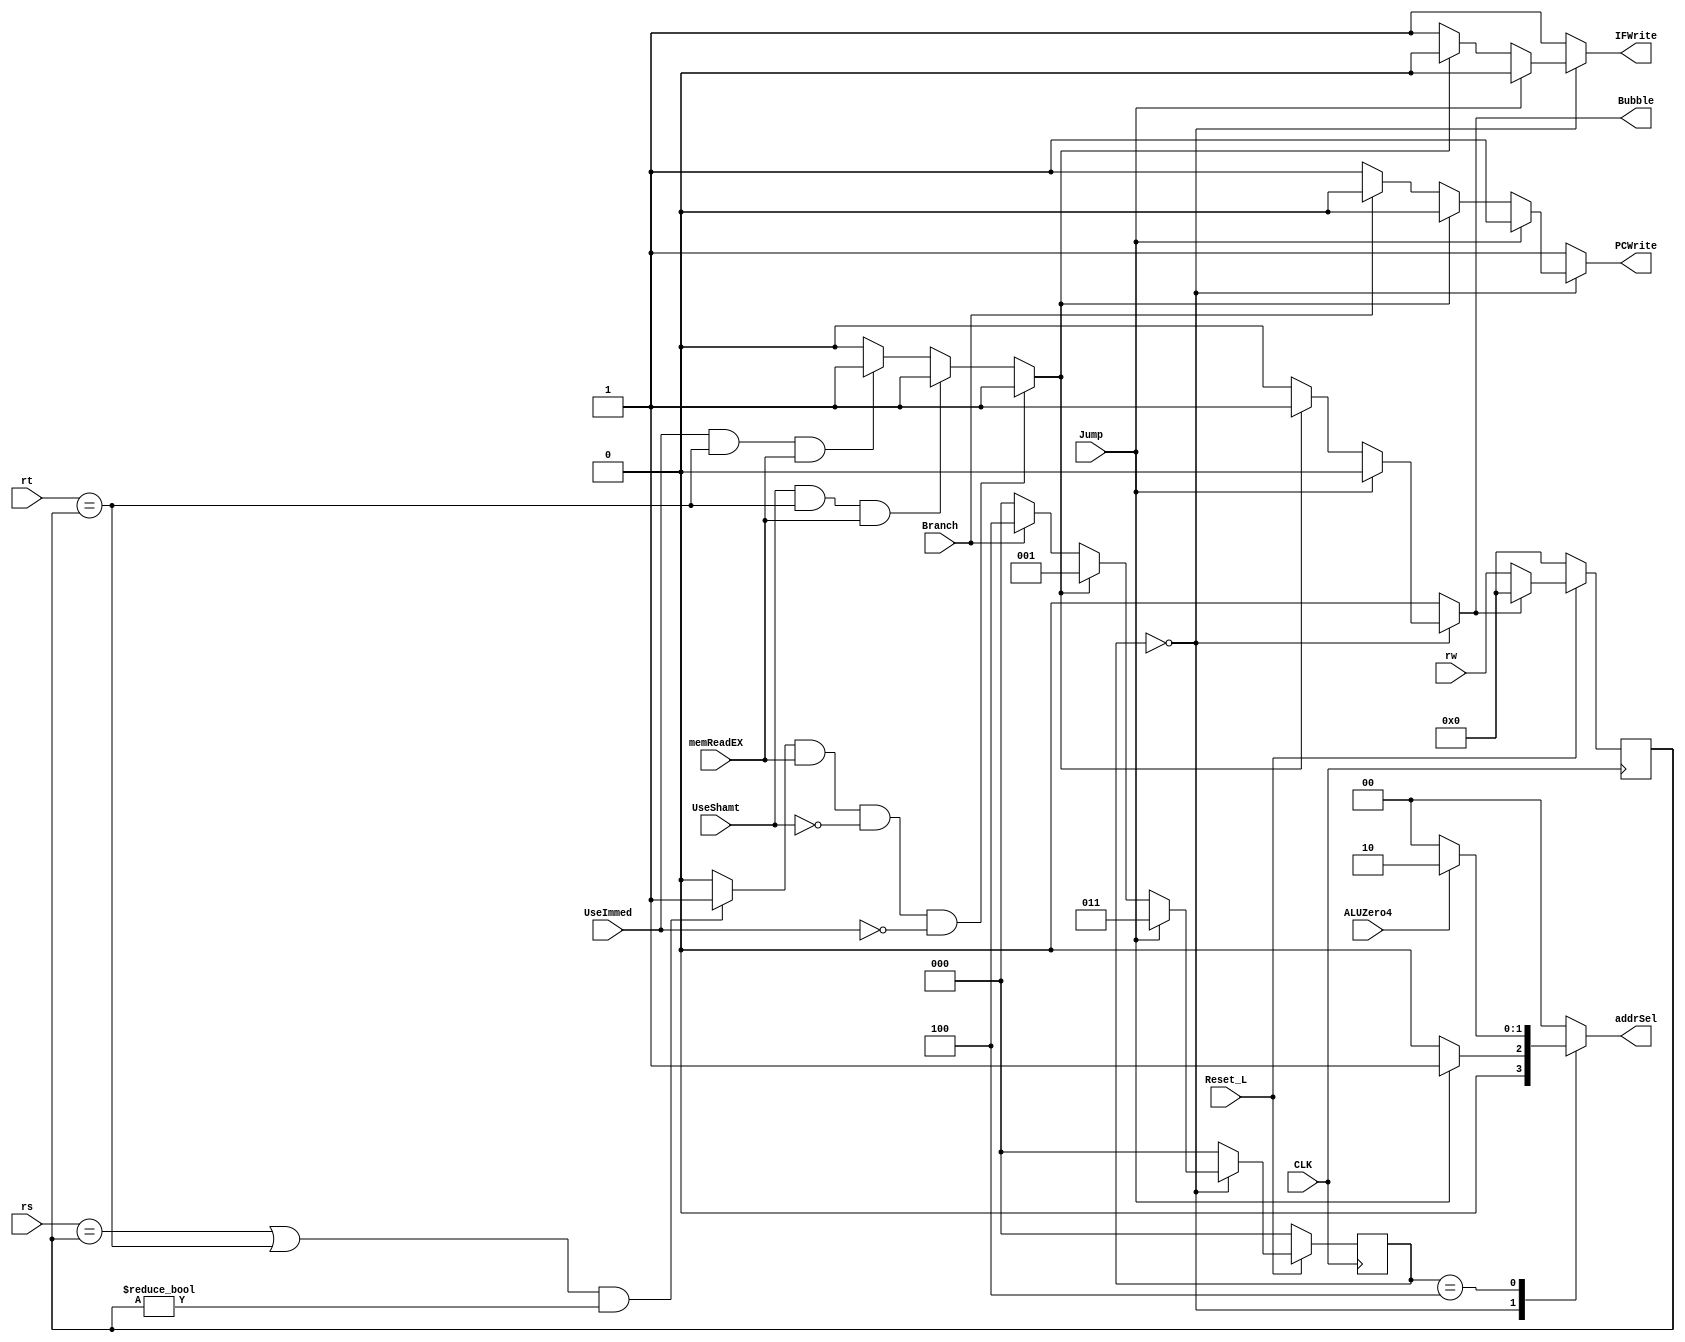
module Hazard(PCWrite, IFWrite, Bubble, addrSel, Branch, ALUZero4, Jump, memReadEX, UseShamt, UseImmed, rw, rs, rt, Reset_L, CLK);
	input			Branch;
	input			ALUZero4;
	input			Jump;
	input           memReadEX;
	input           UseShamt, UseImmed;
	input	[4:0]	rw;
	input	[4:0]	rs;
	input	[4:0]	rt;
	input			Reset_L;
	input			CLK;
	output reg		PCWrite;
	output reg		IFWrite;
	output reg		Bubble;
    output reg [1:0]addrSel;
    
	/*state definition for FSM*/
    parameter NoHazard_state= 3'b000,
              Bubble0_state = 3'b001,
              Bubble1_state = 3'b010,
              Jump_state    = 3'b011,
              Branch0_state = 3'b100,
              Branch1_state = 3'b101;
				/*Define a name for each of the states so it is easier to debug and follow*/ 
				 
	
	/*internal signals*/
	wire cmp1;
	
	/*internal state*/
	reg [2:0] FSM_state, FSM_nxt_state;
	reg [4:0] rw1; //rw history registers
	reg LdHazard;
	/*create compare logic*/
	assign  cmp1 = (((rs==rw1)||(rt==rw1))&&(rw1!= 0)) ? 1:0;
	/* cmp1 finds the dependancy btween current instruction and theonebefore make cmpx if needed
    
	/*keep track of rw*/
	//LdHazard logic
	always @(*) begin
	   if ((cmp1==1'b1) && (memReadEX==1'b1) && (UseShamt==1'b0) && (UseImmed==1'b0))
	       LdHazard<=1'b1;
       else if ((UseShamt==1'b1) && (rt==rw1) && (memReadEX==1'b1))
           LdHazard<=1'b1;
       else if ((UseImmed==1'b1) && (rt==rw1) && (memReadEX==1'b1))
           LdHazard<=1'b1;
       else
           LdHazard<=1'b0; 
	end
	
	always @(negedge CLK) begin
		if(Reset_L ==  0) begin
			rw1 <=  0;
			//LdHazard<=1'b0;
			//add here
		end
		else begin
			rw1 <= Bubble?0:rw;//insert bubble if needed
			//add here
		end
	end
	
		
	/*FSM state register*/
	always @(negedge CLK) begin
		if(Reset_L == 0) 
			FSM_state <= 0;
		else
			FSM_state <= FSM_nxt_state;
	end  
	
	/*FSM next state and output logic*/
	always @(*) begin //combinatory logic
		case(FSM_state)
			NoHazard_state: begin 
				
				if(Jump== 1'b1) begin //prioritize jump
                    FSM_nxt_state <= #2 Jump_state;
                    PCWrite <= #2 1'b1; //fetch a new inst
				    IFWrite <= #2 1'b0; //stall the decode stage
				    Bubble  <= #2 1'b0;
				    addrSel <= #2 2'b01; //jump
					/* Provde the value of FSM_nxt_state and outputs 				    			(PCWrite,IFWrite,Buble)*/ 
				end 
				else if(LdHazard== 1'b1) begin //3-delay data hazard
					//uncondition return to no hazard state
					/* Provde the value of FSM_nxt_state and outputs 				    			(PCWrite,IFWrite,Buble)*/ 
                    FSM_nxt_state <= #2 Bubble0_state;	
                    PCWrite <= #2 1'b0; //stall
                    IFWrite <= #2 1'b0; //stall
                    Bubble  <= #2 1'b1; //check this
                    addrSel <= #2 2'b00; //default
				end
				else if (Branch==1'b1) begin //branch operation
                    FSM_nxt_state <= #2 Branch0_state;
                    PCWrite <= #2 1'b0; //stall the fetch stage	
                    IFWrite <= #2 1'b1;
				    Bubble  <= #2 1'b0;
				    addrSel <= #2 2'b00;                  
				end
				else begin //normal operation
                    FSM_nxt_state <= #2 NoHazard_state;
                    PCWrite <= #2 1'b1;
                    IFWrite <= #2 1'b1;
                    Bubble  <= #2 1'b0;	
                    addrSel <= #2 2'b00;			
				end
				//add here
				/* Complite the "NoHazard_state" state as needed*/
			end
			Bubble0_state: begin
                FSM_nxt_state <= #2 NoHazard_state;
                PCWrite <= #2 1'b1; //normal
                IFWrite <= #2 1'b1; //normal 
                Bubble  <= #2 1'b0; //normal 
                addrSel <= #2 2'b00; //default			
			//uncondition return to no hazard state
			/* Provde the value of FSM_nxt_state and outputs 				    			(PCWrite,IFWrite,Buble)*/ 
			end
			
			Jump_state: begin
			    FSM_nxt_state <= #2 NoHazard_state;
                PCWrite <= #2 1'b1;
                IFWrite <= #2 1'b1; //
                Bubble  <= #2 1'b0;
                addrSel <= #2 2'b00; //jump
			end
			
			Branch0_state: begin
                FSM_nxt_state <= #2 NoHazard_state;
                PCWrite <= #2 1'b1; //stall the fetch stage
                IFWrite <= #2 1'b1; //allow the branch inst to continue
                Bubble  <= #2 1'b0;        
                if (ALUZero4==1'b1) begin
                    addrSel <= #2 2'b10; //branch	
                end
                else begin
                    addrSel <= #2 2'b00; //default PC+4
                end				 
			end
			
			default: begin
				FSM_nxt_state <= #2 NoHazard_state;
				PCWrite <= #2 1'b1;
				IFWrite <= #2 1'b1;
				Bubble  <= #2 1'b0;
				addrSel <= #2 2'b00;
			end
		endcase
	end
endmodule